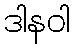
ဒါနဝါ